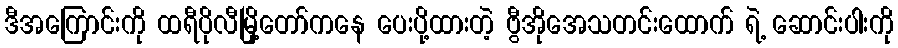
ဒီအကြောင်းကို ထရီပိုလီမြို့တော်ကနေ ပေးပို့ထားတဲ့ ဗွီအိုအေသတင်းထောက် ရဲ့ ဆောင်းပါးကို